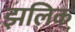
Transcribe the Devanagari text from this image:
झलिक